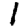
Digit: 1